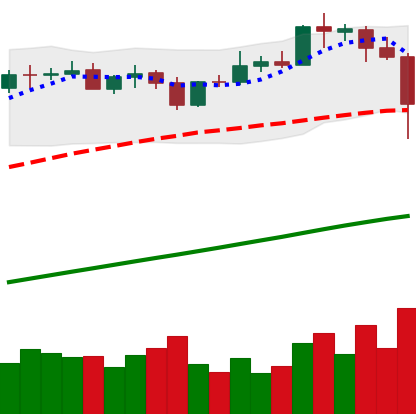
Ticker: BTC-USD
Chart end date: 2021-04-18
Forward return: -9.112%
Label: down_7plus